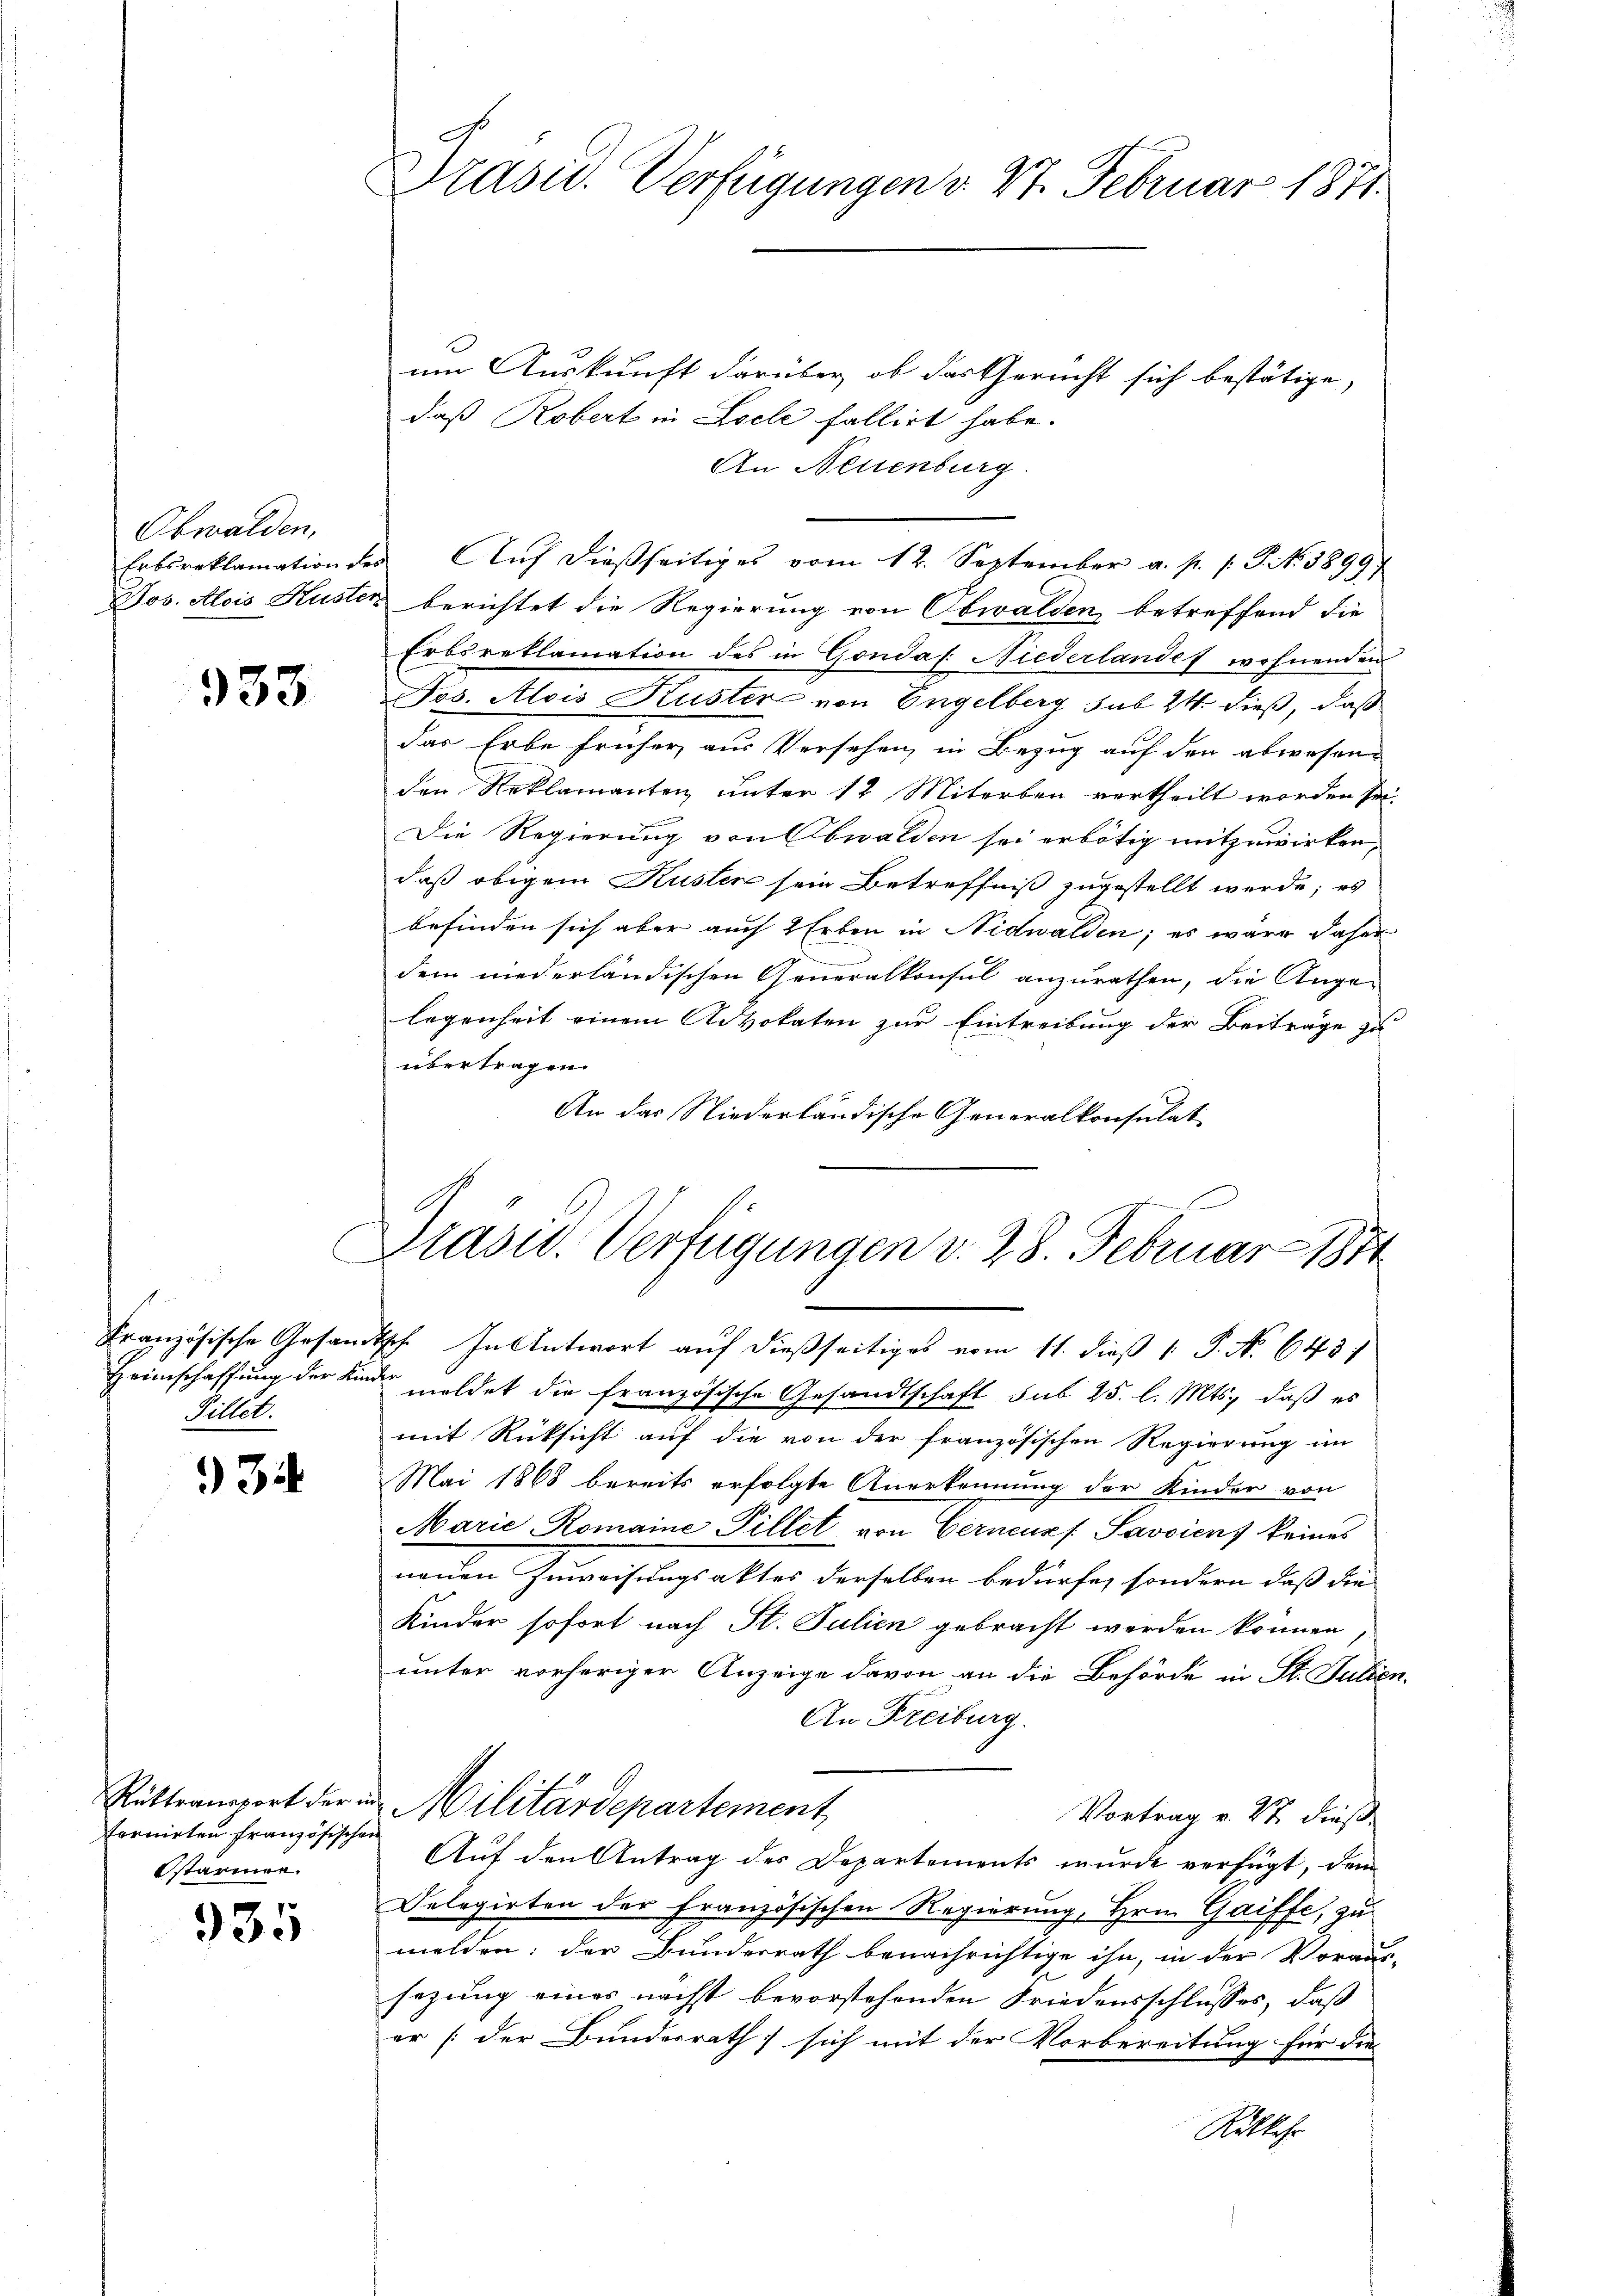
Obwalden,
Erbsreklamation der
Jos. Alois Huste

933

Pillet.

34

Rüktransport der i
fornirten französische
stärmen.

935

Prasil. Verfügungen v. 27. Februar 1871.

um Auskunft darüber, ob das Gericht sich bestätige,
daß Robert in Liele fallirt habe.
An Neuenburg.
 Auf dießseitiges vom 12. September a. p. 1. P. Nr. 3899/
& berichtet die Regierung von Obwalden betreffend die
Erbsreklamation des in Gondaf. Niederlandes wohnenden
Jos. Alois Kuster von Engelberg sub 24 dieß, daß
das Erbe früher, aus Versehen, in Bezug auf den abwesen-
den Reklamanten unter 12 Miterben vertheilt worden sei.
Die Regierung von Obwalden sei erbötig mitzuwirken,
daß obigem Kusten sein Betreffniß zugestellt werde; es
befinden sich aber auch 2 Erben in Nidwalden; es wäre daher
dem niederländischen Generalkonsul anzurathen, die Ange-
legenheit einem Advokaten zur Eintreibung der Beiträge zu
übertragen.
An das Niederländische Generalkonsulat

E
Präsid. Verfügungen v. 28. Februar 1871

Französische Gesandtsch. In Antwort auf dießseitiges vom 11. dieß 1: P. Nr. 643
Heimschaffung der Kinde meldet die französische Gesandtschaft sub 25. l. Mts., daß es
mit Rücksicht auf die von der französischen Regierung im
Mai 1868 bereits erfolgte Anerkennung der Kinder von
Marie Romaine Pillet von Gerneurs. Savoient keines
neuen Zuweisungsaktes derselben bedürfe, sondern dass die |
Kinder sofort nach St. Julien gebracht werden können
unter vorheriger Anzeige davon an die Behörde in St. Julien.
An Freiburg.
Militärdepartement
Vortrag v. 27. dieß¬
u
Auf den Antrag des Departements wurde verfügt, dem
Delegirten der Französischen Regierung, Hrn. Gaiffe, zu
melden; der Bundesrath benachrichtige ihn, in der Voraus-
sezung eines nächst bevorstehenden Friedensschlusses, daß
er [der Bundesrath sich mit der Vorbereitung für die
Rölkche